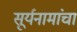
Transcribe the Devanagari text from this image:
सूर्यनामांचा